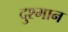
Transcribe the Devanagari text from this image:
दुश्मान